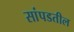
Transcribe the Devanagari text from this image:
सांपडतील